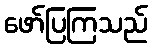
ဖော်ပြကြသည်